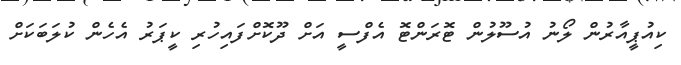
ކިއުޕީއާރުން ލޯނު އުސޫލުން ޓޮރަންޓޮ އެފްސީ އަށް ދޫކޮށްފައިހުރި ކީޕަރު އެހެން ކުލަބަކަށް